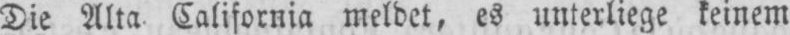
Die Alta California meldet, es unterliege keinem